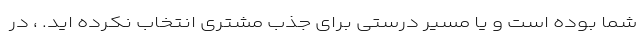
شما بوده است و یا مسیر درستی برای جذب مشتری انتخاب نکرده اید. ، در